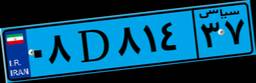
۹۳D۲۴۷۸۷